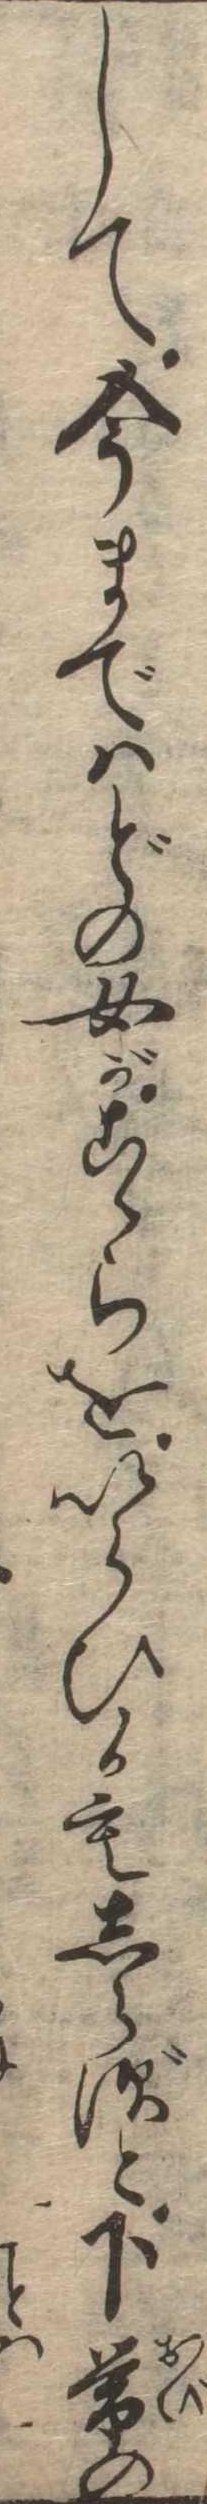
して今まではどの女がこゝらをいらひ候もしらずと下帯の